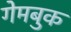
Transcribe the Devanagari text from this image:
गेमबुक